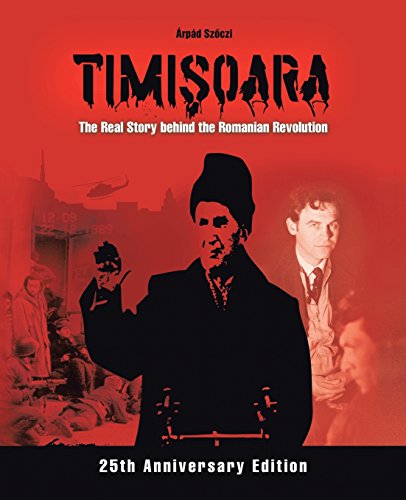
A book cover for Timisoara - The Real Story behind the Romanian Revolution; ÃErpÃ¡d Szoczi; History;